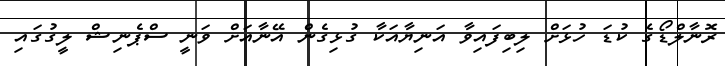
ރޮނާލްޑޯގެ ކުޑަ ހުޅަށް ލިބިފައިވާ އަނިޔާއަކާ ގުޅިގެން އޭނާއަށް ވަނީ ސްޕެނިޝް ލީގުގައި